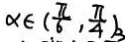
\alpha \in ( \frac { \pi } { 6 } , \frac { \pi } { 4 } ) _ { 3 }